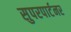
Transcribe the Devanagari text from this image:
सुपरपार्टनर